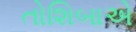
તોશિબાએ